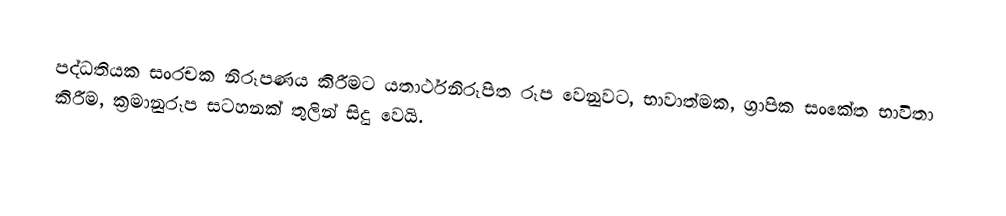
පද්ධතියක සංරචක නිරූපණය කිරීමට යතාර්ථනිරූපිත රූප වෙනුවට, භාවාත්මක, ග්‍රාපික  සංකේත භාවිතා කිරීම, ක්‍රමානුරූප සටහනක් තුලින් සිදු වෙයි.